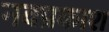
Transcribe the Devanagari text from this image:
नवप्रकाश